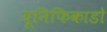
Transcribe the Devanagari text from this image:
यूनिफिकाडो